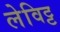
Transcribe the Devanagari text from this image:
लेविट्ट